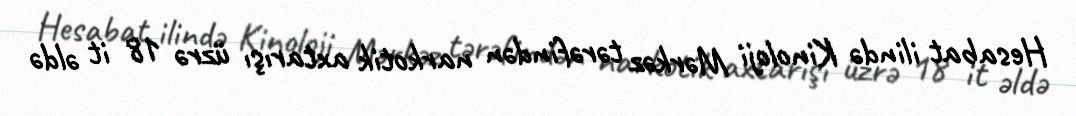
Hesabat ilində Kinoloji Mərkəz tərəfindən narkotik axtarışı üzrə 18 it əldə